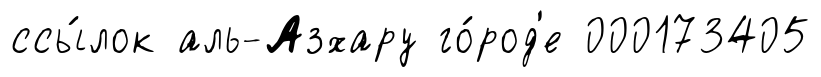
ссы́лок аль-Азхару го́род'е 000173405